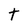
Character: t